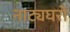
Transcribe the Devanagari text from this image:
नाट्यघरों